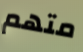
متهم